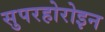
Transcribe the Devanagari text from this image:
सुपरहोरोइन